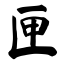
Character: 匣